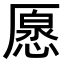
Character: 𠪰